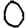
Digit: 0